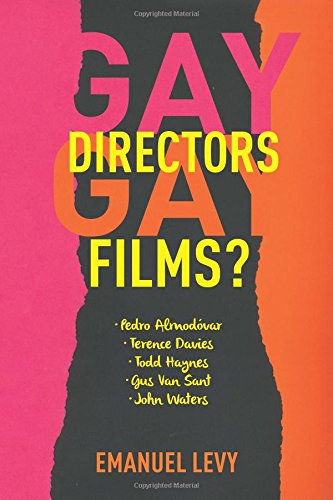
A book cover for Gay Directors, Gay Films?: Pedro AlmodÃ³var, Terence Davies, Todd Haynes, Gus Van Sant, John Waters; Emanuel Levy; Humor & Entertainment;